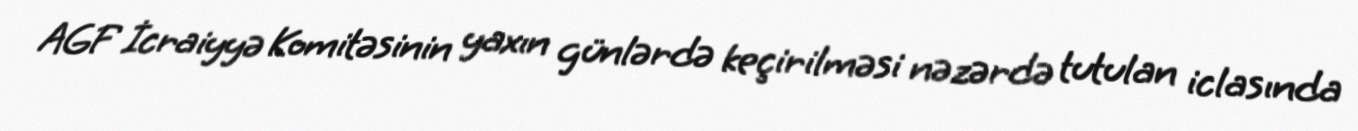
AGF İcraiyyə Komitəsinin yaxın günlərdə keçirilməsi nəzərdə tutulan iclasında